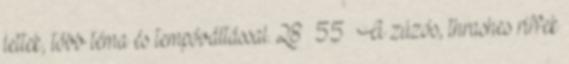
lettek, több téma és tempóváltással. 28 55 A zúzós, thrashes riffek